Suure-Kopu_vallavalitsus, lk 11
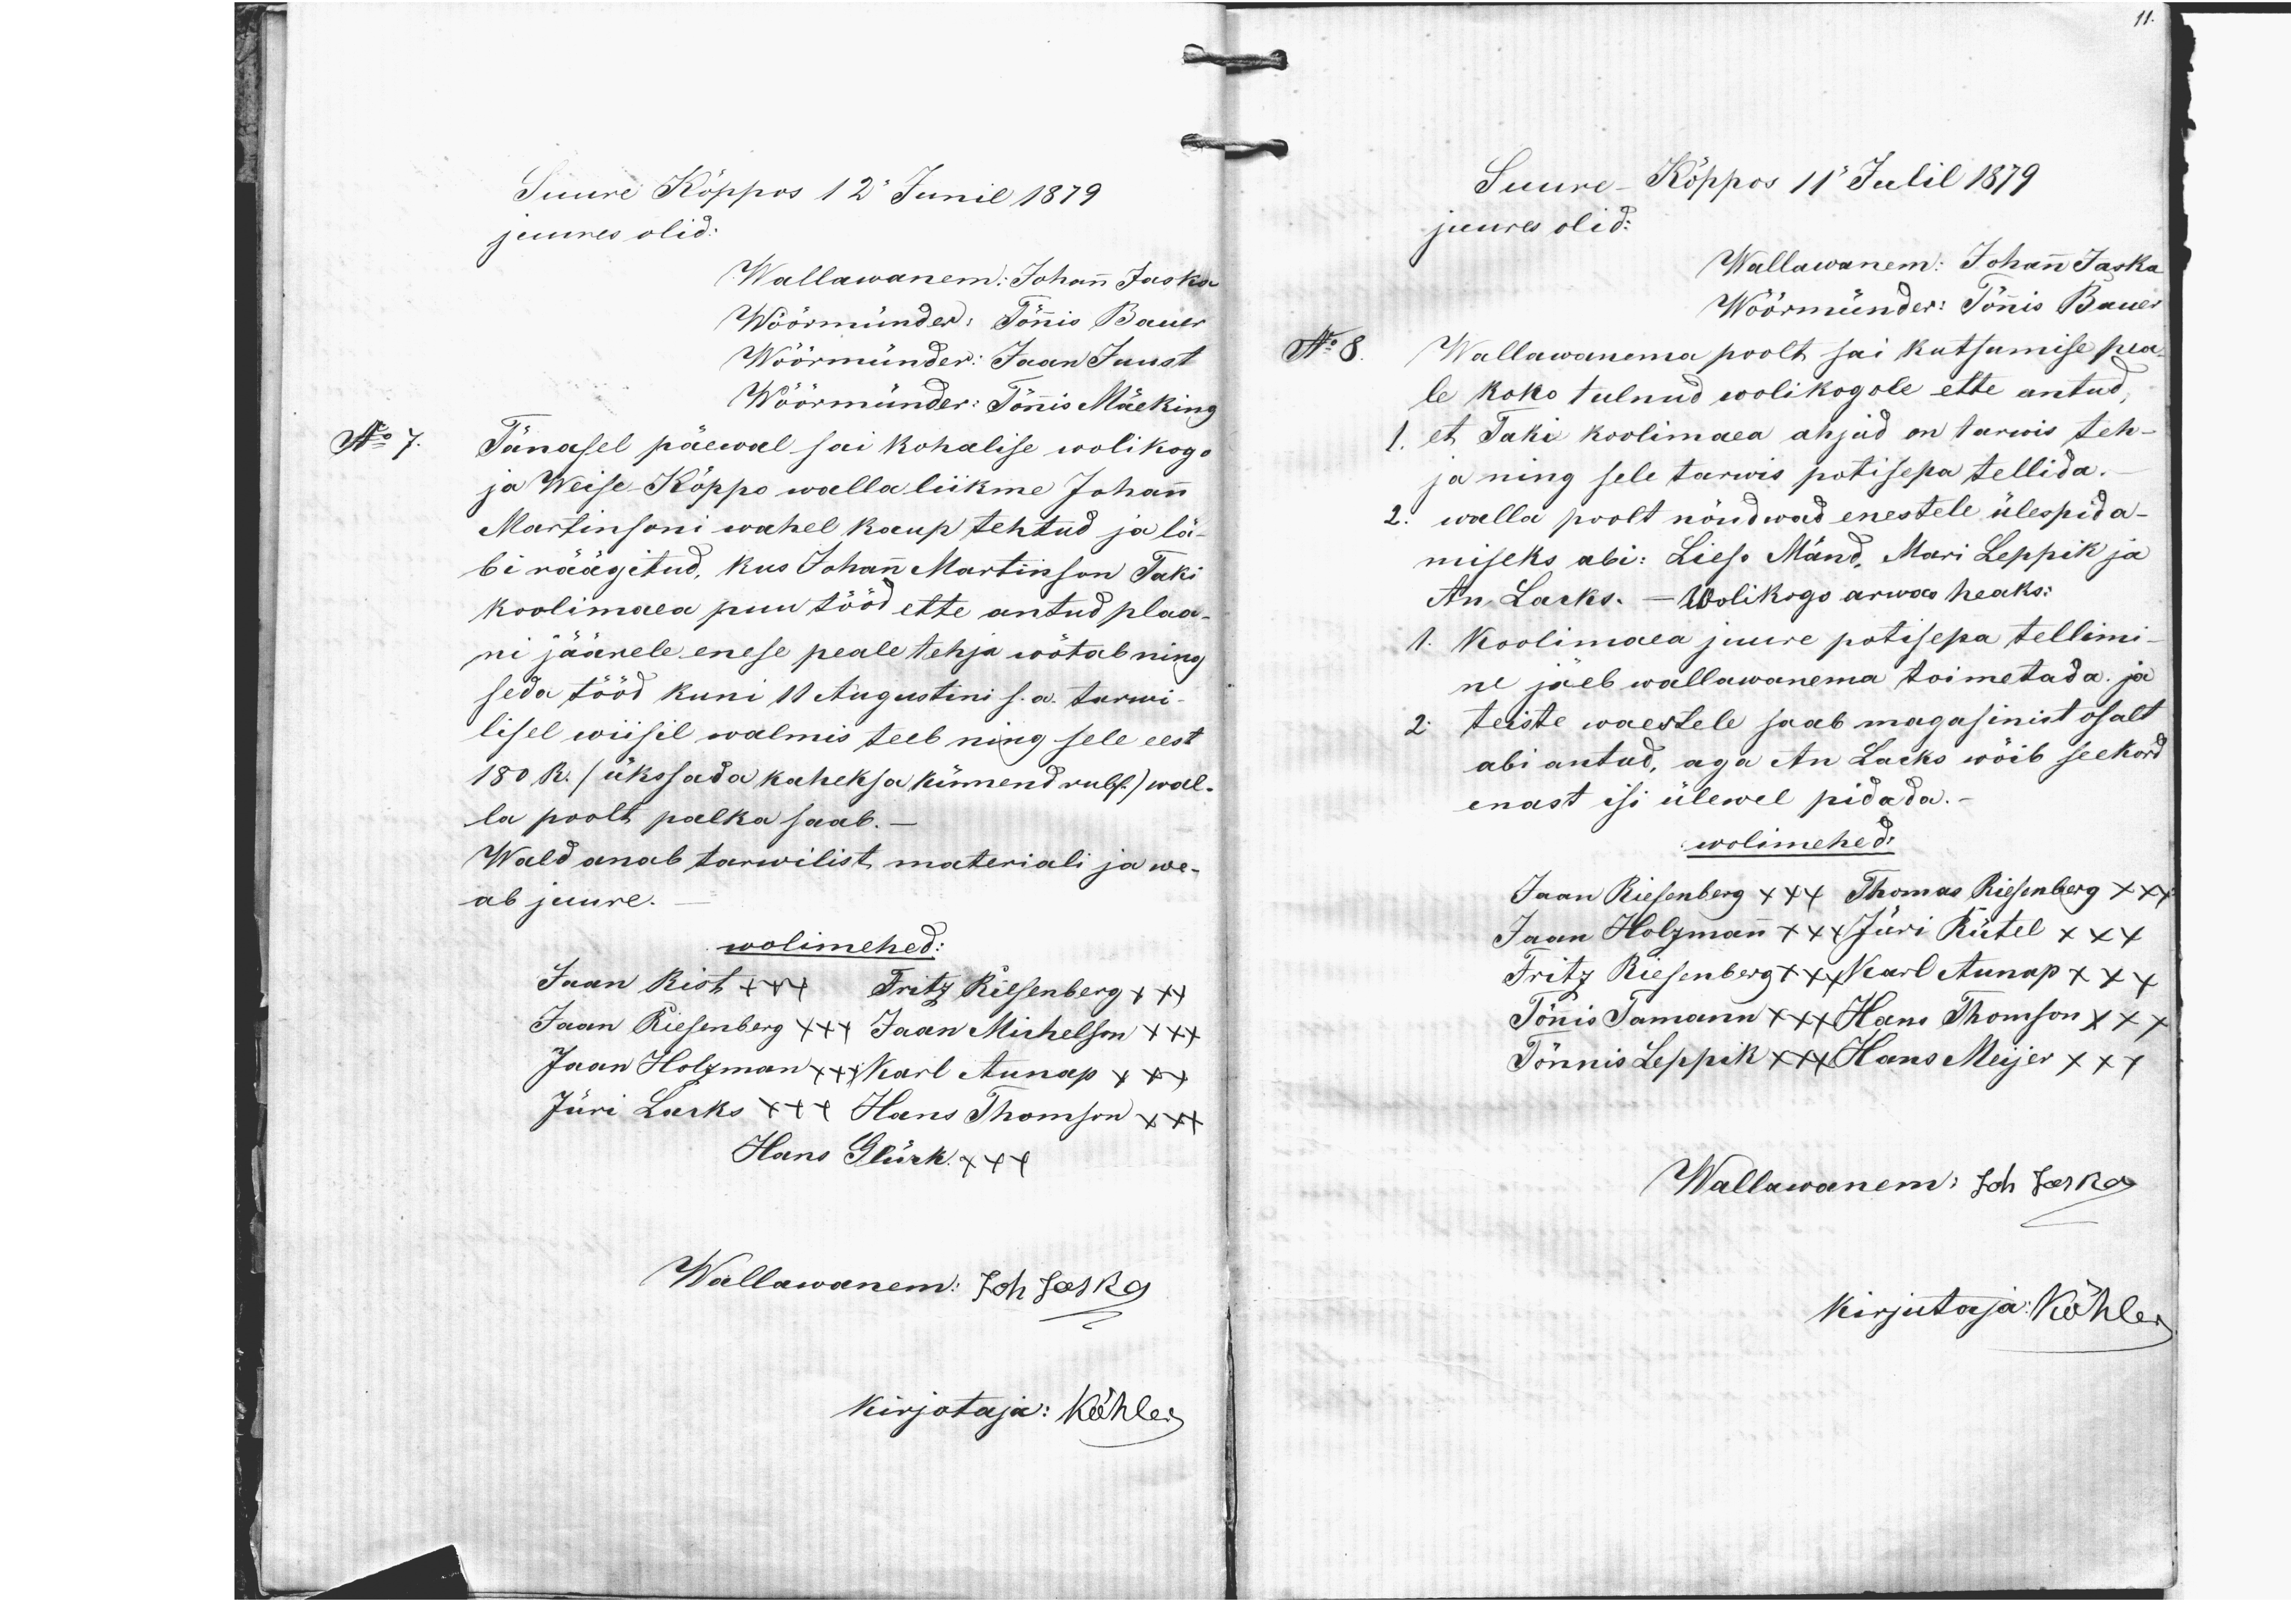
Suure Kõppos 12 Junil 1879.
juures olid:
Wallawanem: Johann Jaska
Wöörmünder: Tõnnis Bauer
Wöörmünder: Jaan Juust
Wöörmünder: Tõnnis Mäeking
No 7.
Tänasel päewal sai kohalise wolikogo
ja Weise-Kõppo walla liikme Johann
Martinsoni wahel kaup tehtud ja lä-
bi räägitud, kus Johann Martinson Taki
koolimaea puu tööd ette antud plaa-
ni jäärele enese peale tehja wõtab ning
seda tööd kuni 10 Augustini s.a. tarwi-
lisel wiisil walmis teeb ning sele eest
180 R. (ükssada kaheksa kümnend rubl.) wal-
la poolt palka saab.
Wald anab tarwilist materiali ja we-
ab juure.
wolimehed:
Jaan Rist +++ Fritz Riesenberg xxx
Jaan Riesenberg xxx Jaan Michelson xxx
Jaan Holzman x++ Karl Aunap xxx
Jüri Lacks x++ Hans Thomson xxx
Hans Glück x++
Wallawanem: Joh Jaska
kirjotaja: Köhler

Suure-Kõppos 11 Julil 1879
juures olid:
Wallawanem: Johann Jaska
Wöörmünder: Tõnnis Bauer
No 8
Wallawanema poolt sai kutsamise pea-
le koko tulnud wolikogole ette antud,
1. et Taka koolimaea ahjud on tarwis teh-
ja ning sele tarwis potisepa tellida.
2. walla poolt nõudwad enestele ülespida-
miseks abi: Lieso Mänd, Mari Leppik ja
An. Lacks. - Wolikogo arwas heaks:
1. Koolimaea juure potisepa tellimi-
ne jäeb wallawanema toimetada ja
2. teiste waestele saab magasinist osalt
abi antud, aga An Lacks wõib seekord
enast isi ülewel pidada.-
wolimehed:
Jaan Riesenberg xxx Thomas Riesenberg xxx
Jaan Holzman xxx Jüri Rütel xxx
Fritz Riesenberg xxx Karl Aunap xxx
Tõnni Tamann xxx Hans Thomson xxx
Tõnnis Leppik xxx Hans Meijer xxx
Wallawanem: Joh Jaska
kirjutaja: Köhler